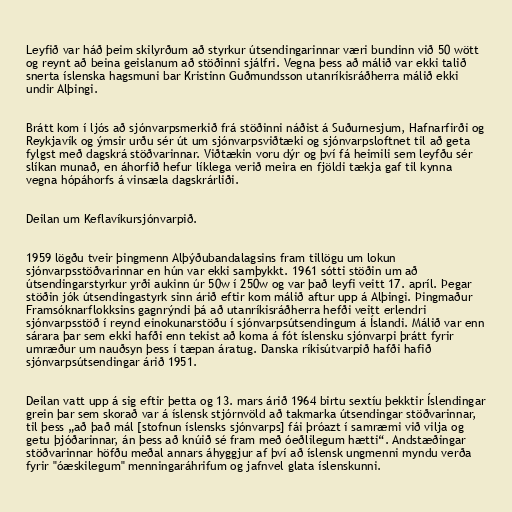
Leyfið var háð þeim skilyrðum að styrkur útsendingarinnar væri bundinn við 50 wött
og reynt að beina geislanum að stöðinni sjálfri. Vegna þess að málið var ekki talið
snerta íslenska hagsmuni bar Kristinn Guðmundsson utanríkisráðherra málið ekki
undir Alþingi.

Brátt kom í ljós að sjónvarpsmerkið frá stöðinni náðist á Suðurnesjum, Hafnarfirði og
Reykjavík og ýmsir urðu sér út um sjónvarpsviðtæki og sjónvarpsloftnet til að geta
fylgst með dagskrá stöðvarinnar. Viðtækin voru dýr og því fá heimili sem leyfðu sér
slíkan munað, en áhorfið hefur líklega verið meira en fjöldi tækja gaf til kynna
vegna hópáhorfs á vinsæla dagskrárliði.

Deilan um Keflavíkursjónvarpið.

1959 lögðu tveir þingmenn Alþýðubandalagsins fram tillögu um lokun
sjónvarpsstöðvarinnar en hún var ekki samþykkt. 1961 sótti stöðin um að
útsendingarstyrkur yrði aukinn úr 50w í 250w og var það leyfi veitt 17. apríl. Þegar
stöðin jók útsendingastyrk sinn árið eftir kom málið aftur upp á Alþingi. Þingmaður
Framsóknarflokksins gagnrýndi þá að utanríkisráðherra hefði veitt erlendri
sjónvarpsstöð í reynd einokunarstöðu í sjónvarpsútsendingum á Íslandi. Málið var enn
sárara þar sem ekki hafði enn tekist að koma á fót íslensku sjónvarpi þrátt fyrir
umræður um nauðsyn þess í tæpan áratug. Danska ríkisútvarpið hafði hafið
sjónvarpsútsendingar árið 1951.

Deilan vatt upp á sig eftir þetta og 13. mars árið 1964 birtu sextíu þekktir Íslendingar
grein þar sem skorað var á íslensk stjórnvöld að takmarka útsendingar stöðvarinnar,
til þess „að það mál [stofnun íslensks sjónvarps] fái þróazt í samræmi við vilja og
getu þjóðarinnar, án þess að knúið sé fram með óeðlilegum hætti“. Andstæðingar
stöðvarinnar höfðu meðal annars áhyggjur af því að íslensk ungmenni myndu verða
fyrir "óæskilegum" menningaráhrifum og jafnvel glata íslenskunni.